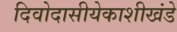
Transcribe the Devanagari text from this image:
दिवोदासीयेकाशीखंडे